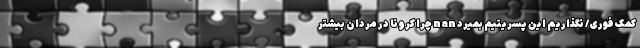
کمک فوری/ نگذاریم این پسریتیم بمیرد nan چرا کرونا در مردان بیشتر